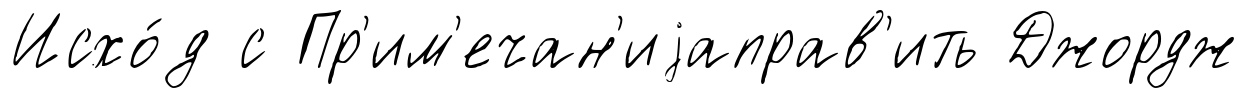
Исхо́д с Пр'им'ечан'иjаправ'ить Джордж